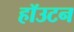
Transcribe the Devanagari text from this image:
हॉउटन